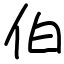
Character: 伯